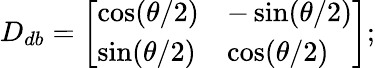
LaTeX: D_{db}=\left[\begin{array}{ll}{\cos(\theta/2)}&{-\sin(\theta/2)}\\ {\sin(\theta/2)}&{\cos(\theta/2)}\end{array}\right];